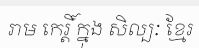
រាម កេរ្តិ៍ ក្នុង សិល្បៈ ខ្មែរ